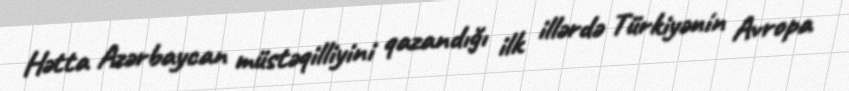
Hətta Azərbaycan müstəqilliyini qazandığı ilk illərdə Türkiyənin Avropa